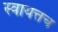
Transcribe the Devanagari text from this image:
स्वायत्तच